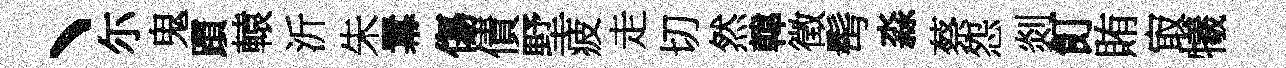
丶尓鬼躓轅沂朱羃傷債墅疲走切然韓徵髩淼蔡怨剡飣賄㝡犧